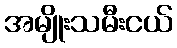
အမျိုးသမီးငယ်